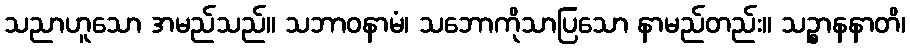
သညာဟူသော အမည်သည်။ သဘာဝနာမံ၊ သဘောကိုသာပြသော နာမည်တည်း။ သဉ္စာနနာတိ၊